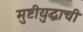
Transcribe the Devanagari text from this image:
मुष्टीयुद्धाची